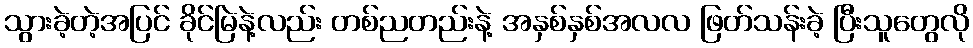
သွားခဲ့တဲ့အပြင် ခိုင်မြဲနဲ့လည်း တစ်ညတည်းနဲ့ အနှစ်နှစ်အလလ ဖြတ်သန်းခဲ့ ပြီးသူတွေလို